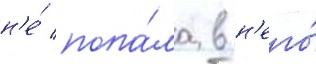
н'е́ попа́ла в н'его́